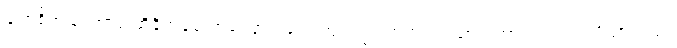
မျက်စိအမြင်အာရုံ ထိခိုက်ခဲ့သောကြောင့် မျက်ကြည်လွှာ အတုတပ်ထားရတာကလည်း သိသာသည်။